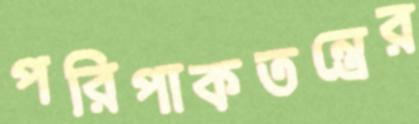
পরিপাকতন্ত্রের